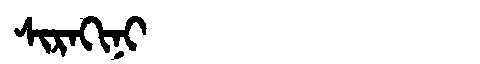
Manchu: ᠰᡳᡵᠠᡴᡳᠨᡳ
Romanization: SIRAKINI